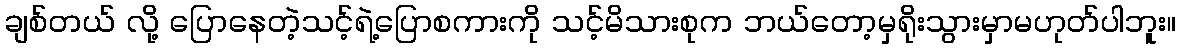
ချစ်တယ် လို့ ပြောနေတဲ့သင့်ရဲ့ပြောစကားကို သင့်မိသားစုက ဘယ်တော့မှရိုးသွားမှာမဟုတ်ပါဘူး။